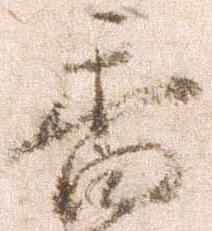
香